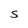
Character: S